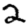
Digit: 2